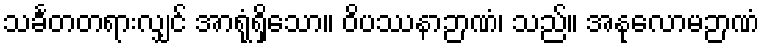
သင်္ခတတရားလျှင် အာရုံရှိသော။ ဝိပဿနာဉာဏံ၊ သည်။ အနုလောမဉာဏံ